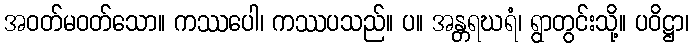
အဝတ်မဝတ်သော။ ကဿပေါ၊ ကဿပသည်။ ပ။ အန္တရဃရံ၊ ရွာတွင်းသို့။ ပဝိဋ္ဌာ၊